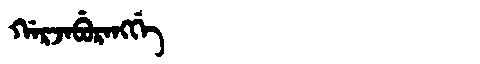
Manchu: ᡤᠠᡵᠵᠠᠪᡠᡵᠠᠩᡤᡝ
Romanization: GARJABURANGGE